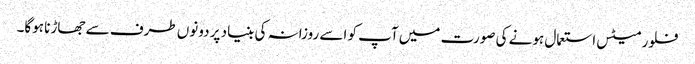
فلور میٹس استعمال ہونے کی صورت میں آپ کو اسے روزانہ کی بنیاد پر دونوں طرف سے جھاڑنا ہوگا۔